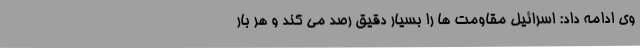
وی ادامه داد: اسرائیل مقاومت ها را بسیار دقیق رصد می کند و هر بار